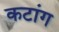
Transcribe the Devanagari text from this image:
कटांग